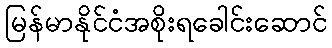
မြန်မာနိုင်ငံအစိုးရခေါင်းဆောင်